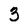
Character: 3